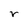
Character: r